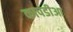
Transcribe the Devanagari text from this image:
कापडीआ